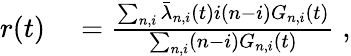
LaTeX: \begin{array}{rl}{r(t)}&{{}=\frac{\sum_{n,i}\bar{\lambda}_{n,i}(t)i(n-i)G_{n,i}(t)}{\sum_{n,i}(n-i)G_{n,i}(t)}\; ,}\end{array}